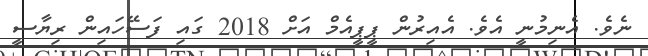
ނެވެ. އެނިމުނީ އެވެ. އެއިރުން ޕީޕީއެމް އަށް 2018 ގައި ފަސޭހައިން ރިޔާސީ